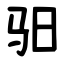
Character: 驲